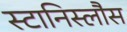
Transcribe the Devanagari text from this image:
स्टानिस्लौस